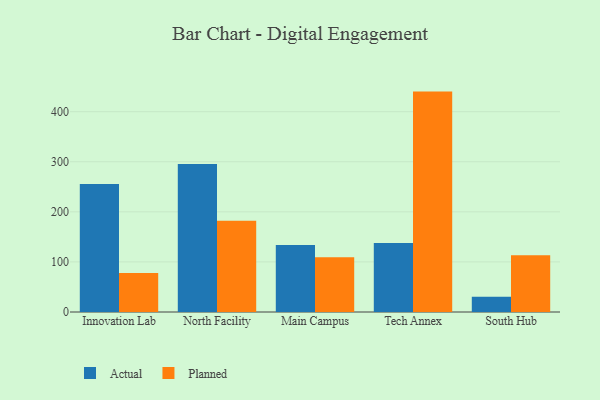
{"axis": {"x": "Campus", "y": "Demand Index"}, "legend": ["Actual", "Planned"], "data": [{"x": "Innovation Lab", "y": 255.5, "type": "Actual"}, {"x": "Innovation Lab", "y": 77.7, "type": "Planned"}, {"x": "North Facility", "y": 295.5, "type": "Actual"}, {"x": "North Facility", "y": 182.0, "type": "Planned"}, {"x": "Main Campus", "y": 133.7, "type": "Actual"}, {"x": "Main Campus", "y": 109.2, "type": "Planned"}, {"x": "Tech Annex", "y": 137.7, "type": "Actual"}, {"x": "Tech Annex", "y": 440.1, "type": "Planned"}, {"x": "South Hub", "y": 30.3, "type": "Actual"}, {"x": "South Hub", "y": 113.3, "type": "Planned"}]}